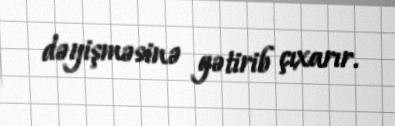
dəyişməsinə gətirib çıxarır.